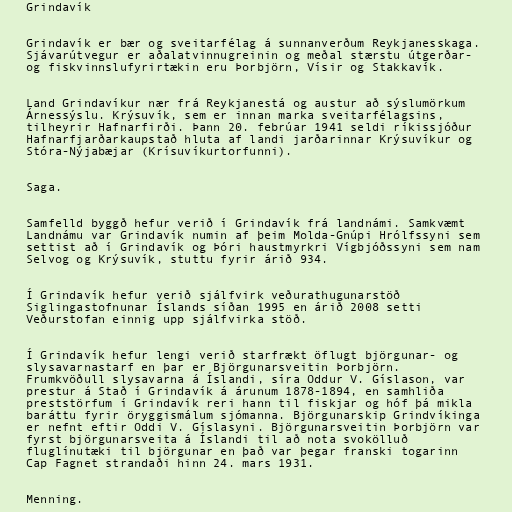
Grindavík

Grindavík er bær og sveitarfélag á sunnanverðum Reykjanesskaga.
Sjávarútvegur er aðalatvinnugreinin og meðal stærstu útgerðar-
og fiskvinnslufyrirtækin eru Þorbjörn, Vísir og Stakkavík.

Land Grindavíkur nær frá Reykjanestá og austur að sýslumörkum
Árnessýslu. Krýsuvík, sem er innan marka sveitarfélagsins,
tilheyrir Hafnarfirði. Þann 20. febrúar 1941 seldi ríkissjóður
Hafnarfjarðarkaupstað hluta af landi jarðarinnar Krýsuvíkur og
Stóra-Nýjabæjar (Krísuvíkurtorfunni).

Saga.

Samfelld byggð hefur verið í Grindavík frá landnámi. Samkvæmt
Landnámu var Grindavík numin af þeim Molda-Gnúpi Hrólfssyni sem
settist að í Grindavík og Þóri haustmyrkri Vígbjóðssyni sem nam
Selvog og Krýsuvík, stuttu fyrir árið 934.

Í Grindavík hefur verið sjálfvirk veðurathugunarstöð
Siglingastofnunar Íslands síðan 1995 en árið 2008 setti
Veðurstofan einnig upp sjálfvirka stöð.

Í Grindavík hefur lengi verið starfrækt öflugt björgunar- og
slysavarnastarf en þar er Björgunarsveitin Þorbjörn.
Frumkvöðull slysavarna á Íslandi, síra Oddur V. Gíslason, var
prestur á Stað í Grindavík á árunum 1878-1894, en samhliða
preststörfum í Grindavík reri hann til fiskjar og hóf þá mikla
baráttu fyrir öryggismálum sjómanna. Björgunarskip Grindvíkinga
er nefnt eftir Oddi V. Gíslasyni. Björgunarsveitin Þorbjörn var
fyrst björgunarsveita á Íslandi til að nota svokölluð
fluglínutæki til björgunar en það var þegar franski togarinn
Cap Fagnet strandaði hinn 24. mars 1931.

Menning.